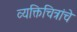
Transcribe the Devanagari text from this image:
व्यक्तिचित्रांचे